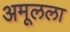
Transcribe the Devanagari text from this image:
अमूलला